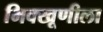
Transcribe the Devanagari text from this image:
भिक्खूणीला